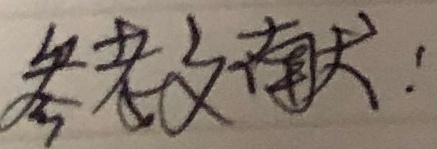
参考文献：